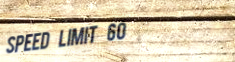
speed limit 60